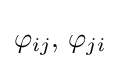
\varphi _{ij},\,\varphi _{ji}